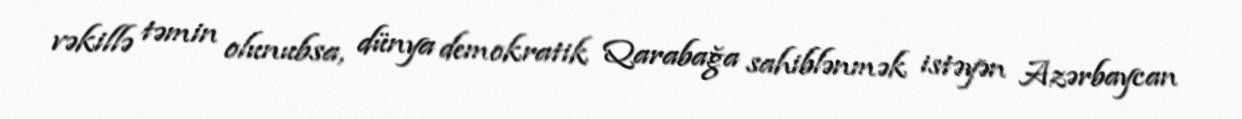
vəkillə təmin olunubsa, dünya demokratik Qarabağa sahiblənmək istəyən Azərbaycan